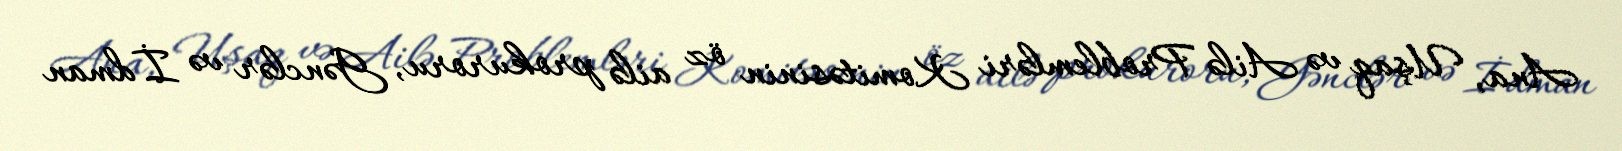
Ana, Uşaq və Ailə Problemləri Komitəsinin öz ailə prokuroru, Gənclər və İdman